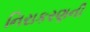
નિરાકરણની